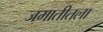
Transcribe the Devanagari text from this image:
जमातीतला